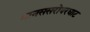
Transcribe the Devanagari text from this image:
मानससरोवरघाट